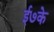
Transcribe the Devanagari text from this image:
ई७के